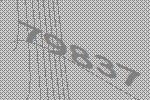
79837